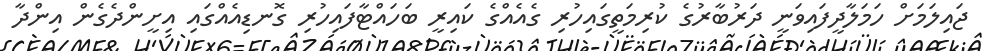
ޖައިލަމަށް ހަމަލާދީފައިވަނީ ދަރުބާރުގެ ކުރިމަތީގައިހުރި ގެއެއްގެ ކައިރީ ބަހައްޓާފައިހުރި ގޮނޑިއެއްގައި އިށީންދެގެން އިންދާ